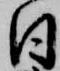
日